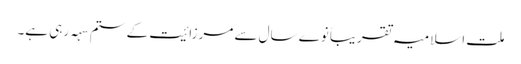
ملت اسلامیہ تقریباً نوے سال سے مرزائیت کے ستم سہہ رہی ہے۔